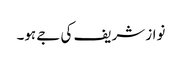
نواز شریف کی جے ہو۔